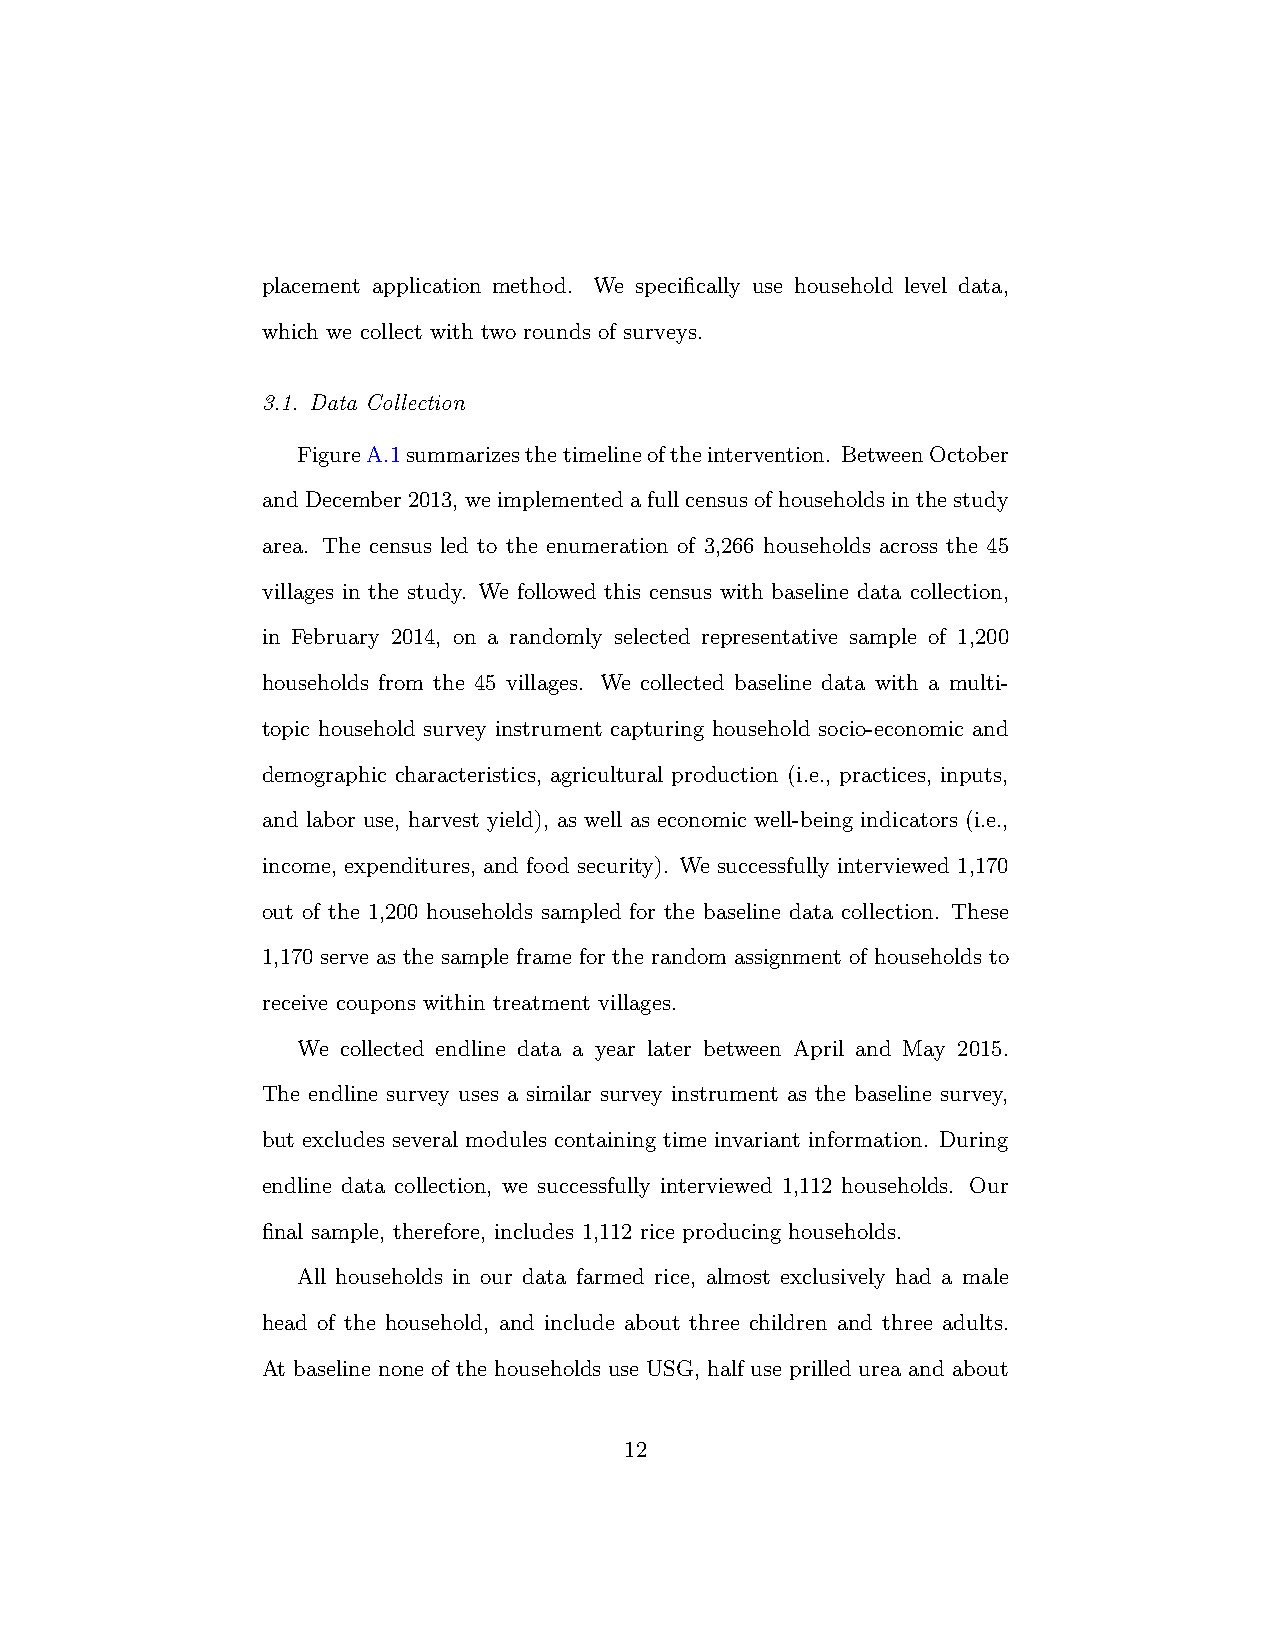
placement application method. We specifically use household level data,
 which we collect with two rounds of surveys.
 3.1. Data Collection
 FigureA.1summarizesthetimelineoftheintervention. BetweenOctober
 andDecember2013, weimplementedafullcensusofhouseholdsinthestudy
 area. The census led to the enumeration of 3,266 households across the 45
 villages in the study. We followed this census with baseline data collection,
 in February 2014, on a randomly selected representative sample of 1,200
 households from the 45 villages. We collected baseline data with a multi-
 topic household survey instrument capturing household socio-economic and
 demographic characteristics, agricultural production (i.e., practices, inputs,
 and labor use, harvest yield), as well as economic well-being indicators (i.e.,
 income, expenditures, and food security). We successfully interviewed 1,170
 out of the 1,200 households sampled for the baseline data collection. These
 1,170 serve as the sample frame for the random assignment of households to
 receive coupons within treatment villages.
 We collected endline data a year later between April and May 2015.
 The endline survey uses a similar survey instrument as the baseline survey,
 but excludes several modules containing time invariant information. During
 endline data collection, we successfully interviewed 1,112 households. Our
 final sample, therefore, includes 1,112 rice producing households.
 All households in our data farmed rice, almost exclusively had a male
 head of the household, and include about three children and three adults.
 At baseline none of the households use USG, half use prilled urea and about
 12